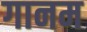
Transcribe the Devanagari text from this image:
गानम